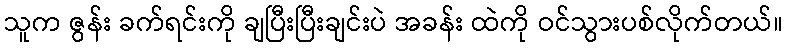
သူက ဇွန်း ခက်ရင်းကို ချပြီးပြီးချင်းပဲ အခန်း ထဲကို ဝင်သွားပစ်လိုက်တယ်။